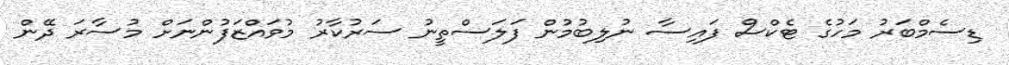
ޑިސެމްބަރު މަހުގެ ޓެކްސް ފައިސާ ނުލިބުމުން ފަލަސްތީނު ސަރުކާރު މުވައްޒަފުންނަށް މުސާރަ ދޭން